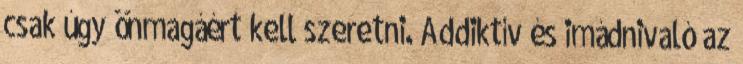
csak úgy önmagáért kell szeretni. Addiktív és imádnivaló az